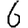
Digit: 6